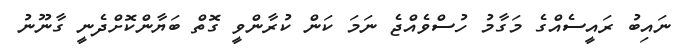
ނައިބު ރައީސެއްގެ މަގާމު ހުސްވެއްޖެ ނަމަ ކަން ކުރާންވީ ގޮތް ބަޔާންކޮށްދެނީ ގާނޫނު